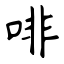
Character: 啡